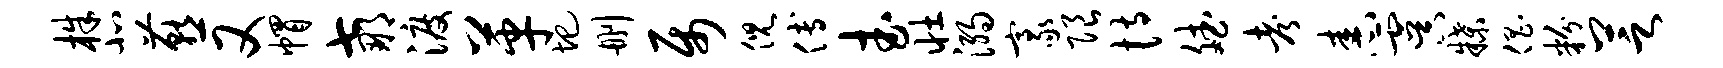
株北燕又帽七那渡革圯删属倪傅武壮溺豪限恃斌考舂虞牒倡粉芝